Indian journal of veterinary science and animal husbandry - Volume 9,
Year: 1939
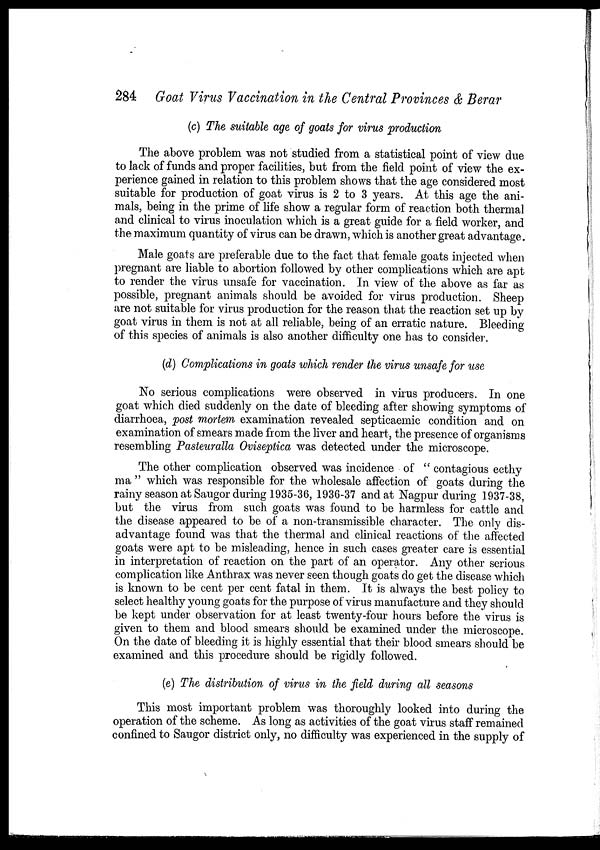
284 Goat Virus Vaccination in the Central Provinces & Berar
(c) The suitable age of goats for virus production
The above problem was not studied from a statistical point of view due
to lack of funds and proper facilities, but from the field point of view the ex-
perience gained in relation to this problem shows that the age considered most
suitable for production of goat virus is 2 to 3 years. At this age the ani-
mals, being in the prime of life show a regular form of reaction both thermal
and clinical to virus inoculation which is a great guide for a field worker, and
the maximum quantity of virus can be drawn, which is another great advantage.
Male goats are preferable due to the fact that female goats injected when
pregnant are liable to abortion followed by other complications which are apt
to render the virus unsafe for vaccination. In view of the above as far as
possible, pregnant animals should be avoided for virus production. Sheep
are not suitable for virus production for the reason that the reaction set up by
goat virus in them is not at all reliable, being of an erratic nature. Bleeding
of this species of animals is also another difficulty one has to consider.
(d) Complications in goats which render the virus unsafe for use
No serious complications were observed in virus producers. In one
goat which died suddenly on the date of bleeding after showing symptoms of
diarrhoea, post mortem examination revealed septicaemic condition and on
examination of smears made from the liver and heart, the presence of organisms
resembling Pasteuralla Oviseptica was detected under the microscope.
The other complication observed was incidence of " contagious ecthy
ma " which was responsible for the wholesale affection of goats during the
rainy season at Saugor during 1935-36, 1936-37 and at Nagpur during 1937-38,
but the virus from such goats was found to be harmless for cattle and
the disease appeared to be of a non-transmissible character. The only dis-
advantage found was that the thermal and clinical reactions of the affected
goats were apt to be misleading, hence in such cases greater care is essential
in interpretation of reaction on the part of an operator. Any other serious
complication like Anthrax was never seen though goats do get the disease which
is known to be cent per cent fatal in them. It is always the best policy to
select healthy young goats for the purpose of virus manufacture and they should
be kept under observation for at least twenty-four hours before the virus is
given to them and blood smears should be examined under the microscope.
On the date of bleeding it is highly essential that their blood smears should be
examined and this procedure should be rigidly followed.
(e) The distribution of virus in the field during all seasons
This most important problem was thoroughly looked into during the
operation of the scheme. As long as activities of the goat virus staff remained
confined to Saugor district only, no difficulty was experienced in the supply of